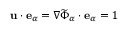
\mathbf { u } \cdot \mathbf { e } _ { \alpha } = \nabla \widetilde { \Phi } _ { \alpha } \cdot \mathbf { e } _ { \alpha } = 1